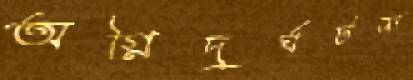
অগ্নিদুর্ঘটনা